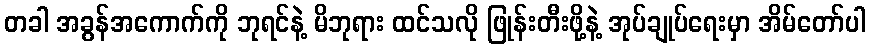
တခါ အခွန်အကောက်ကို ဘုရင်နဲ့ မိဘုရား ထင်သလို ဖြုန်းတီးဖို့နဲ့ အုပ်ချုပ်ရေးမှာ အိမ်တော်ပါ